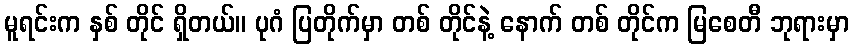
မူရင်းက နှစ် တိုင် ရှိတယ်။ ပုဂံ ပြတိုက်မှာ တစ် တိုင်နဲ့ နောက် တစ် တိုင်က မြစေတီ ဘုရားမှာ